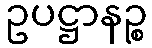
ဥပဋ္ဌာနဉ္စ